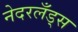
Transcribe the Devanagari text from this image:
नेदरलँड्‌स